65_HS1-834228961_62-HQ-83894_Section_5
Agency: FBI
Page 148
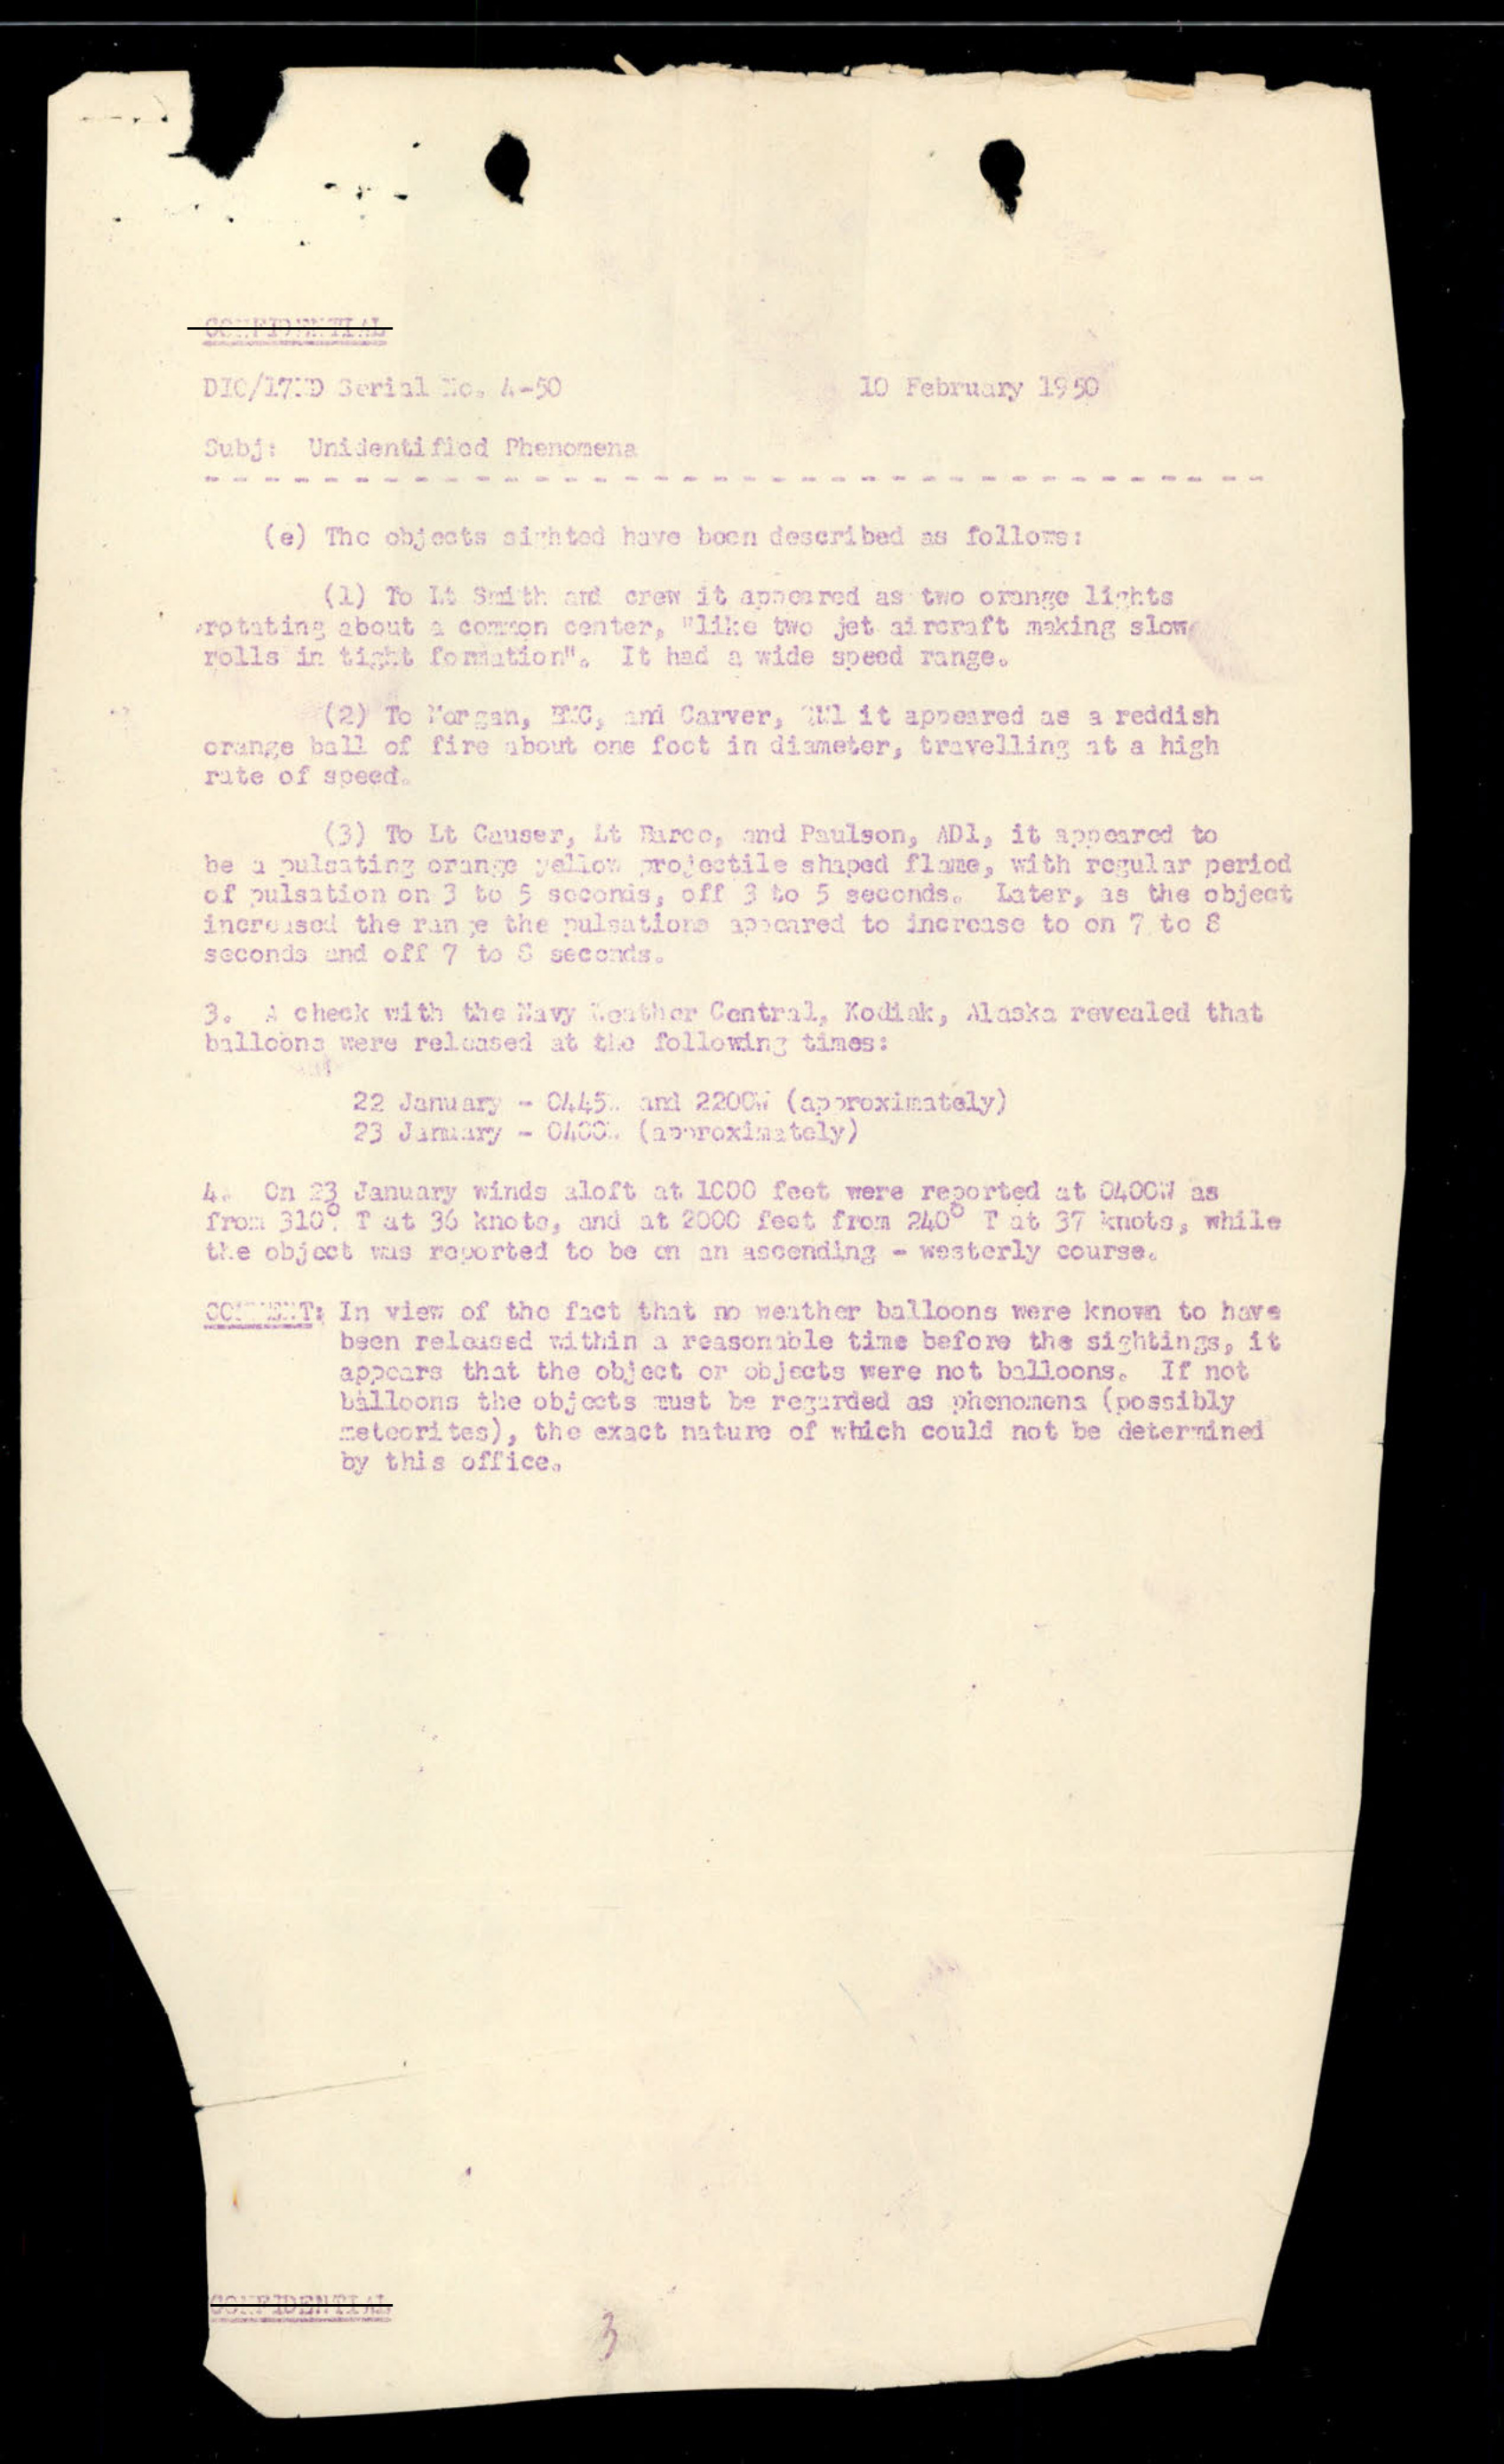